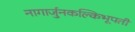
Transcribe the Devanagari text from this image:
नागार्जुनकल्किभूपती